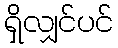
ရှိလျှင်ပင်